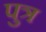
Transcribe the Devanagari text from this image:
पुत्र